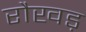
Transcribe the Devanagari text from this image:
रौखड़